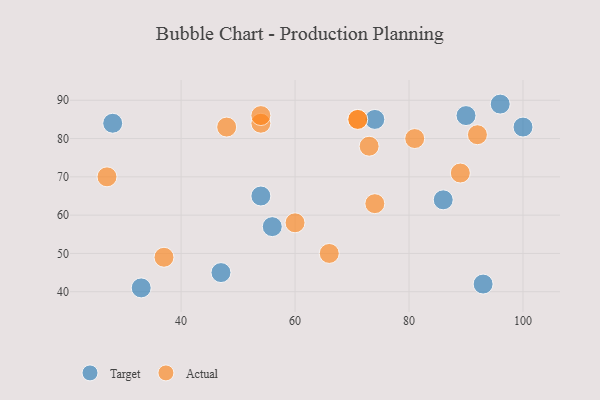
{"axis": {"x": "GDP", "y": "Life Expectancy"}, "legend": ["Actual", "Target"], "data": [{"x": "47", "y": 45, "type": "Target"}, {"x": "100", "y": 83, "type": "Target"}, {"x": "28", "y": 84, "type": "Target"}, {"x": "93", "y": 42, "type": "Target"}, {"x": "74", "y": 85, "type": "Target"}, {"x": "33", "y": 41, "type": "Target"}, {"x": "90", "y": 86, "type": "Target"}, {"x": "54", "y": 65, "type": "Target"}, {"x": "96", "y": 89, "type": "Target"}, {"x": "56", "y": 57, "type": "Target"}, {"x": "86", "y": 64, "type": "Target"}, {"x": "48", "y": 83, "type": "Actual"}, {"x": "66", "y": 50, "type": "Actual"}, {"x": "60", "y": 58, "type": "Actual"}, {"x": "54", "y": 84, "type": "Actual"}, {"x": "74", "y": 63, "type": "Actual"}, {"x": "73", "y": 78, "type": "Actual"}, {"x": "54", "y": 86, "type": "Actual"}, {"x": "37", "y": 49, "type": "Actual"}, {"x": "71", "y": 85, "type": "Actual"}, {"x": "27", "y": 70, "type": "Actual"}, {"x": "71", "y": 85, "type": "Actual"}, {"x": "92", "y": 81, "type": "Actual"}, {"x": "89", "y": 71, "type": "Actual"}, {"x": "81", "y": 80, "type": "Actual"}]}